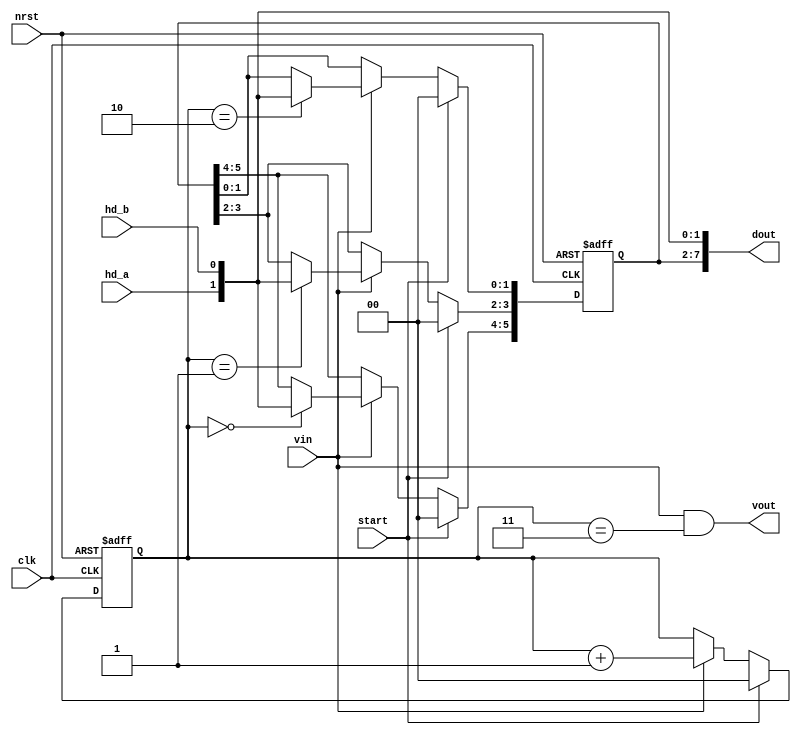
module unc_decoder (
        clk     ,   
        nrst    ,   
        hd_a    ,   
        hd_b    ,   
        start   ,   
        vin     ,   
        vout    ,   
        dout        
        ) ;
input           clk ;
input           nrst ;
input           hd_a ;
input           hd_b ;
input           start ;
input           vin ;
output          vout ;
output  [7:0]   dout ;        
reg     [7:2]   tmpd ;
reg     [1:0]   cnt ;   
wire    [1:0]   data_2b ;
assign data_2b = {hd_a, hd_b} ;
always @ (posedge clk or negedge nrst)
  if (~nrst)
    tmpd <= 0 ;
  else if (start)
    tmpd <= 0 ;
  else if (vin)
  begin
    case (cnt)
      3'd0: tmpd [7:6] <= data_2b ;
      3'd1: tmpd [5:4] <= data_2b ;
      3'd2: tmpd [3:2] <= data_2b ;
      default: tmpd <= tmpd ;
    endcase             
  end
always @ (posedge clk or negedge nrst)
  if (~nrst)
    cnt <= 0 ;
  else if (start)
    cnt <= 0 ;
  else if (vin)
    cnt <= cnt +1 ;
assign vout = vin & (cnt == 3) ;
assign dout = {tmpd, data_2b} ;  
endmodule